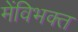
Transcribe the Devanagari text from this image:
मेंविभक्त